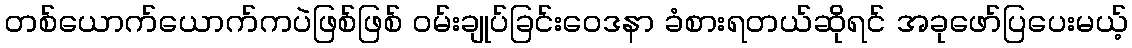
တစ်ယောက်ယောက်ကပဲဖြစ်ဖြစ် ဝမ်းချုပ်ခြင်းဝေဒနာ ခံစားရတယ်ဆိုရင် အခုဖော်ပြပေးမယ့်